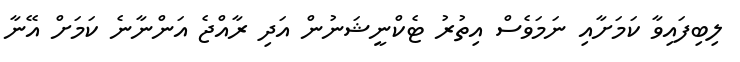
ލިބިފައިވާ ކަމަށާއި ނަމަވެސް އިތުރު ޓެކްނީޝަނުން އަދި ރާއްޖެ އަންނާނެ ކަމަށް އޭނާ